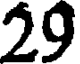
29